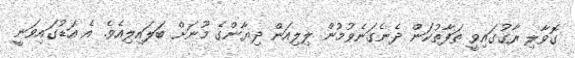
ގޮވާލި ރާގުގައިވީ ތަފާތުކަން ދެނެގަނެވުމުން ލިލިއަން ދިޔާންގެ މޫނަށް ބަލައިލިއެވެ. އެ އަޑުގައިވަނީ